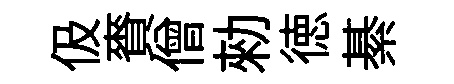
伋賚僧勑徳綦